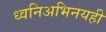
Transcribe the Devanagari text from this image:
ध्वनिअभिनयही